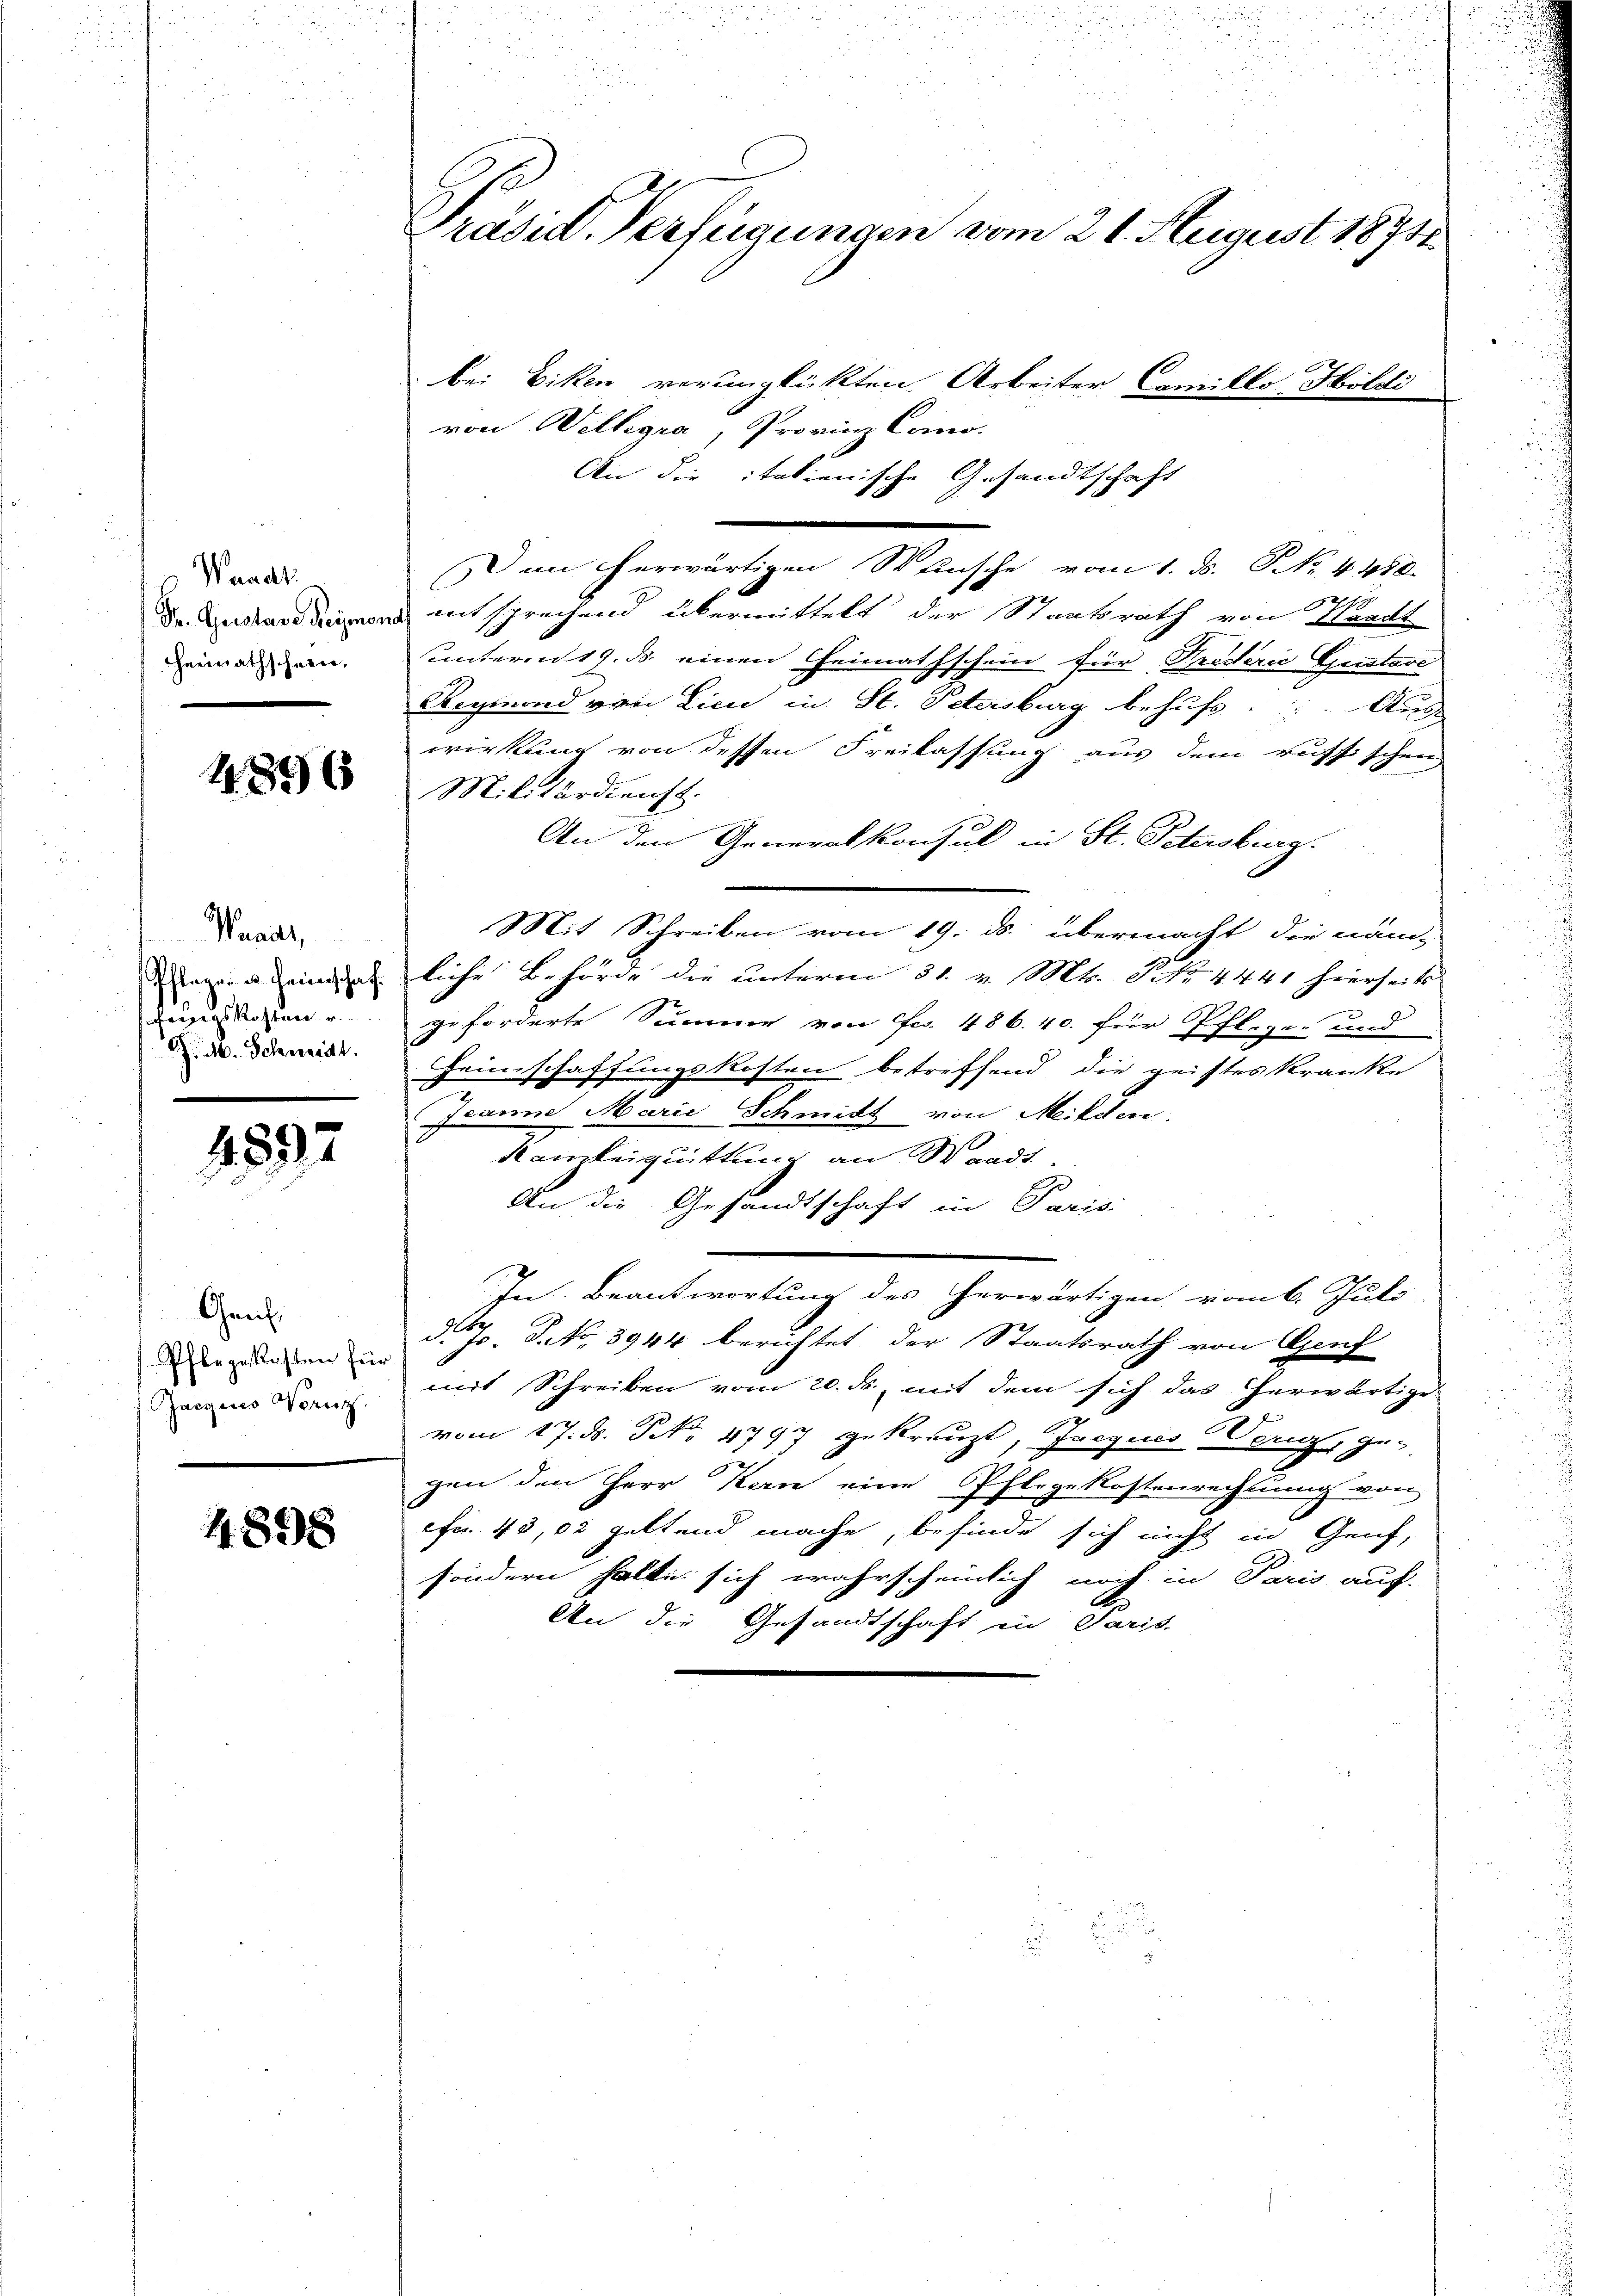
Waadt
Dr. Gustav Reymon
Heimathschein,

4896

Waadt,
Pflegen u. Heimschaft
fenigs Kosten u.
. M. Schmidt.

4892

Gen.
Pflegekosten für
Gasseres Wern

4. 898

Präsid. Verfügungen vom 21. August 1871

bei Diken verunglückten Arbeiter Camillo Höldi
von Willegia, Provinz Como-
An die italienische Gesandtschaft
Dan herwärtigen Wunsche vom 1. d. NNo. 4410.
entsprechend übermittelt der Staatsrath von Waadt
unterm 19. ds. einen Heimathschein für Prederić Gustave
Regimend von Lici in St. Petersburg behufs Aus-
wirkung von dessen Freilassung aus dem russischen
Militärdienst.
An den Generalkonsul in St. Petersburg.
Mit Schreiben vom 19. ds. übermacht die näm-
liche Behörde die unterm 31. v. Mts. P. Nr. 4441 hierseits
geforderte Summe von Fr. 486. 40. für Pflegen und
Heimschaffungskosten betreffend die geistes kranke
Jeanne Marie Schmitt von Milden.
Kanzleiquittung an Waadt.
An die Gesandtschaft in Paris
In Beantwortung des herwärtigen, vom 6. Juli
d. Js. S. No. 3944 berichtet der Staatsrath von Genf
mit Schreiben vom 20. ds, mit dem sich das herwärtige
vom 17. d. Nr. 4797 gekreuzt, Jaequis Benz, ge-
gen den Herr Kern eine Pflege Kostenrechnung von
efr. 45,02 geltend mache, befinde sich nicht in Genf,
sondern halte sich wahrscheinlich noch in Paris auf-
An die Gesandtschaft in Paris